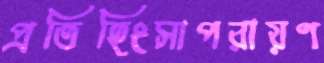
প্রতিহিংসাপরায়ণ